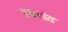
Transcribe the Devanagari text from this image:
नचनोय